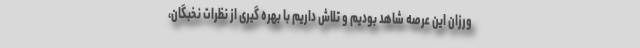
ورزان این عرصه شاهد بودیم و تلاش داریم با بهره گیری از نظرات نخبگان،